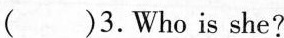
( )3.Who is she?